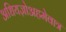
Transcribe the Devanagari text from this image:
अधियज्ञोअहमेवात्र